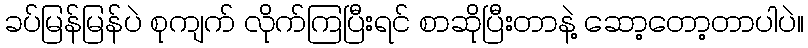
ခပ်မြန်မြန်ပဲ စုကျက် လိုက်ကြပြီးရင် စာဆိုပြီးတာနဲ့ ဆော့တော့တာပါပဲ။